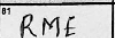
Transcription: RME